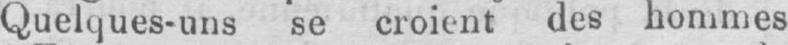
Quelques-uns se croient des hommes